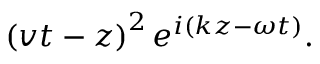
\left( v t - z \right) ^ { 2 } e ^ { i \left( k z - \omega t \right) } .